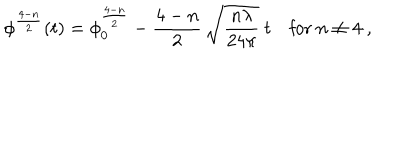
\phi ^ { \frac { 4 - n } { 2 } } ( t ) = \phi _ { 0 } ^ { \frac { 4 - n } { 2 } } - \frac { 4 - n } { 2 } \, \sqrt { \frac { n \lambda } { 2 4 \pi } } \ t \mathrm { f o r } \ n \not = 4 \ ,